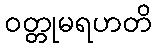
ဝတ္တုမရဟတိ